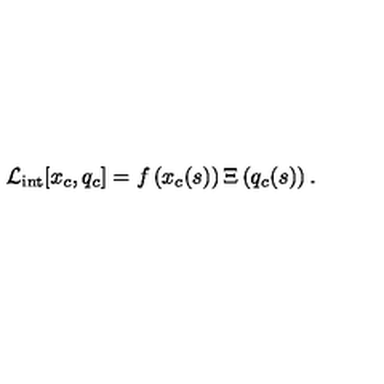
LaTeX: { \cal L } _ { \mathrm { i n t } } [ x _ { c } , q _ { c } ] = f \left( x _ { c } ( s ) \right) \Xi \left( q _ { c } ( s ) \right) .